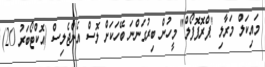
މައިކަލް މަރާލި "ޕްރޮޕޮފޯލް" މީހުން ބިރުގަންނަ ބޭހަކަށް ލޮސް އެންޖެލިސް (އޮކްޓޯބަރު 20)